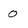
Character: 0